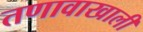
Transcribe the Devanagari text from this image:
तणावाखाली